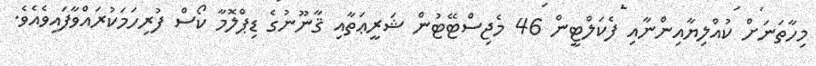
މިހާތަނަށް ކުއްލިޔާއިންނާއި ފެކަލްޓީން 46 މެޖިސްޓޭޓުން ޝަރީޢަތާއި ޤާނޫނުގެ ޑިޕްލޮމާ ކޯސް ފުރިހަމަކުރައްވާފައިވެއެވެ.